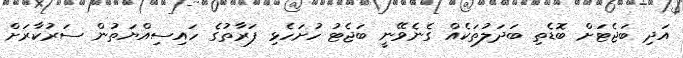
އަދި ބަޖެޓަށް ބޮޑެތި ބަދަލުތަކެއް ގެނެވޭނީ ބަޖެޓު ހުށަހެޅި ފަރާތުގެ ހައިސިއްޔަތުން ސަރުކާރަށް